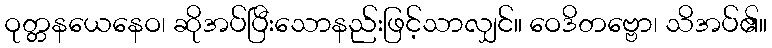
ဝုတ္တနယေနေဝ၊ ဆိုအပ်ပြီးသောနည်းဖြင့်သာလျှင်။ ဝေဒိတဗ္ဗော၊ သိအပ်၏။